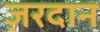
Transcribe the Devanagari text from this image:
ज़रदान